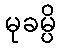
မုခမ္ပိ